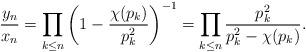
LaTeX: \begin{align*}\frac{y_{n}}{x_{n}}=\prod_{k \leq n} \left (1-\frac{\chi(p_k)}{p_k^2}\right )^{-1}=\prod_{k \leq n} \frac{p_k^2}{p_k^2-\chi(p_k)}.\end{align*}